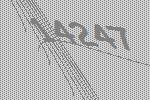
14247